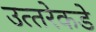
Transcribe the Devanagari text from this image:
उत्‍तरेकडे